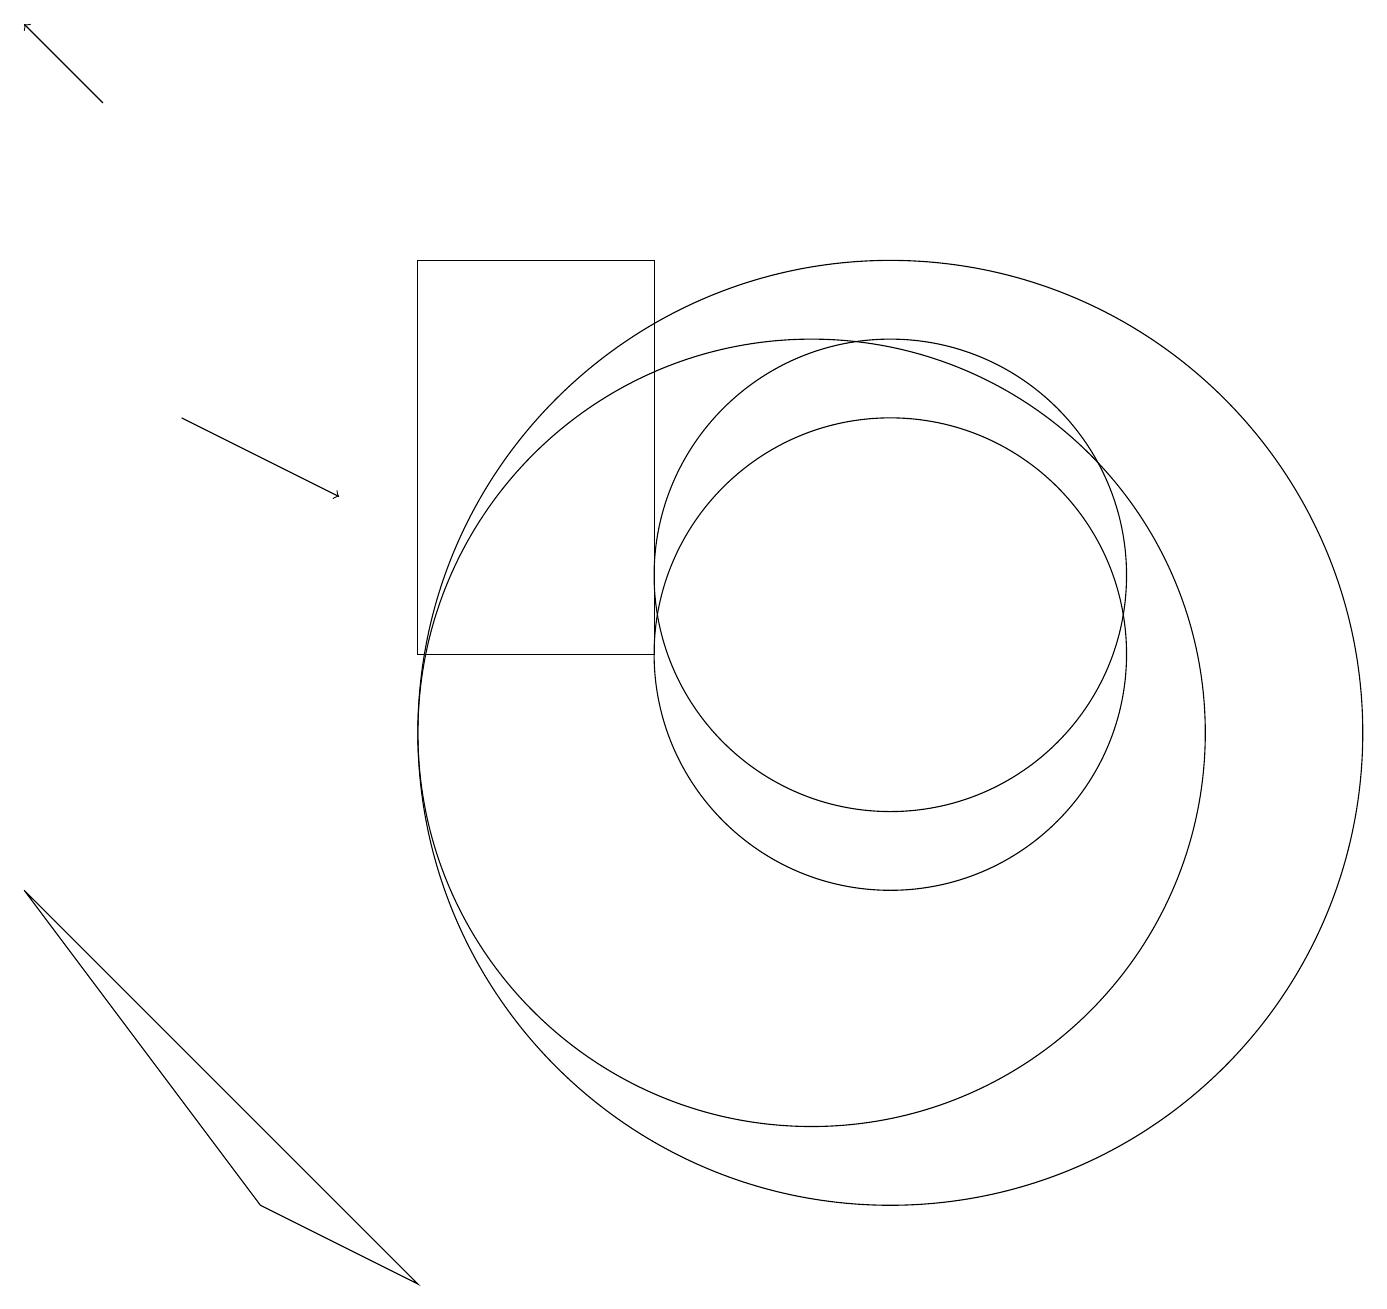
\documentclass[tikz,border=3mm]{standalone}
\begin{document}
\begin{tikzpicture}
\draw (11,10) circle (6);
\draw (10,10) circle (5);
\draw (11,12) circle (3);
\draw (8,16) rectangle (5,11);
\draw (11,11) circle (3);
\draw[->] (1,18) -- (0,19);
\draw[->] (2,14) -- (4,13);
\draw (3,4) -- (5,3) -- (0,8) -- cycle;
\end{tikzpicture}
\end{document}